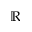
\mathbb { R }